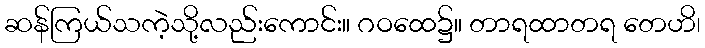
ဆန်ကြယ်သကဲ့သို့လည်းကောင်း။ ဂဝထေ၌။ တာရထာတရ တေဟိ၊